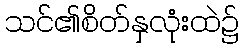
သင်၏စိတ်နှလုံးထဲ၌